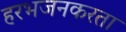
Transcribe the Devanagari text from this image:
हरभजनकरता